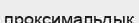
проксимальдық